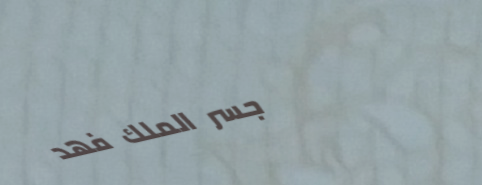
جسر الملك فهد